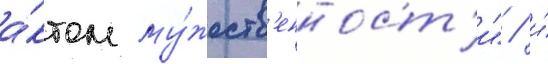
а́ктом му́жеств'енност'и" / и́